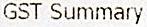
GST SUMMARY